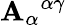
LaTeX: \mathbf{A}_{\alpha}{}^{\alpha\gamma}